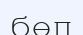
бөп